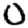
Digit: 0